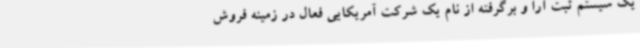
یک سیستم ثبت آرا و برگرفته از نام یک شرکت آمریکایی فعال در زمینه فروش